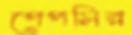
পেপসির